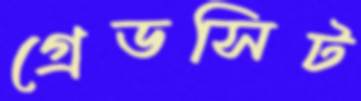
গ্রেডসিট